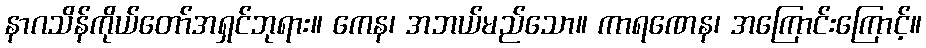
နာဂသိန်ကိုယ်တော်အရှင်ဘုရား။ ကေန၊ အဘယ်မည်သော။ ကာရဏေန၊ အကြောင်းကြောင့်။